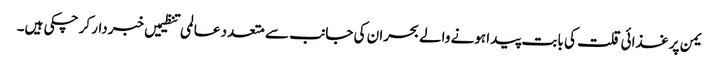
یمن پر غذائی قلت کی بابت پیدا ہونے والے بحران کی جانب سے متعدد عالمی تنظیمیں خبردار کر چکی ہیں۔